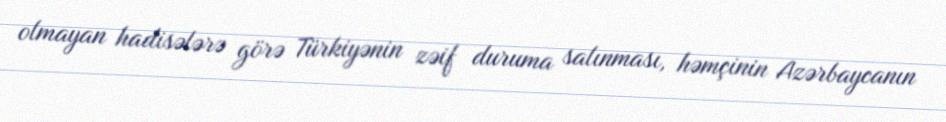
olmayan hadisələrə görə Türkiyənin zəif duruma salınması, həmçinin Azərbaycanın